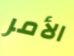
الأمر